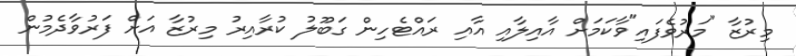
މިރުޒާ "މަރުވެފައި"ވާކަމަށް އާއިލާއި އާއި ރައްޓެހިން ގަބޫލު ކުރާއިރު މިރުޒާ އަށް ފަރުވާދެމުން